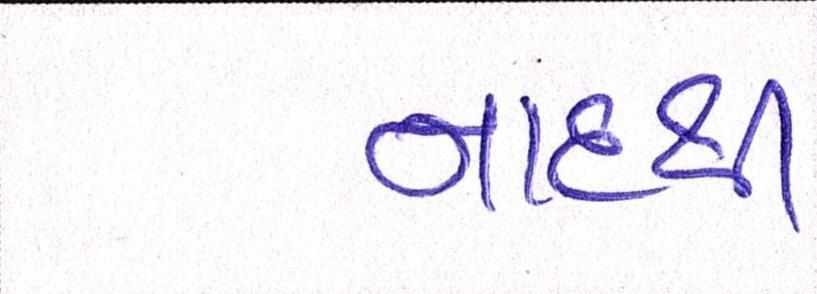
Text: નાદથી